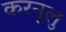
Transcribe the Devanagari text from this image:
करनूलु